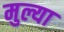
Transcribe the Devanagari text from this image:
मुल्या